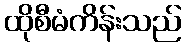
ထိုစီမံကိန်းသည်